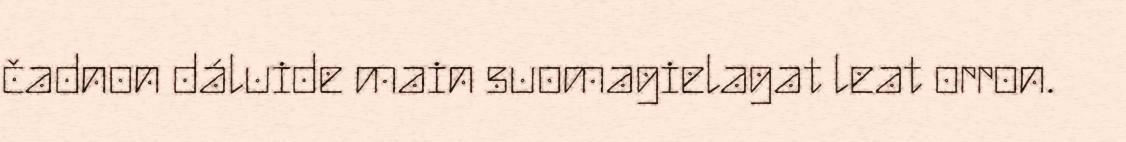
čadnon dáluide main suomagielagat leat orron.